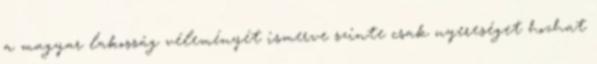
a magyar lakosság véleményét ismerve szinte csak nyereséget hozhat